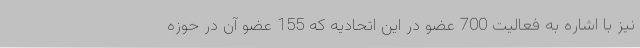
نیز با اشاره به فعالیت 700 عضو در این اتحادیه که 155 عضو آن در حوزه